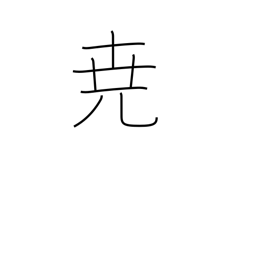
Meaning: high